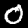
Label: 0